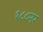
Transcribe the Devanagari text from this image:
१८८नर